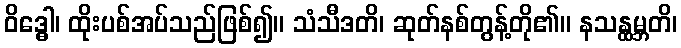
ဝိဒ္ဓေါ၊ ထိုးပစ်အပ်သည်ဖြစ်၍။ သံသီဒတိ၊ ဆုတ်နစ်တွန့်တို၏။ နသန္ထမ္ဘတိ၊